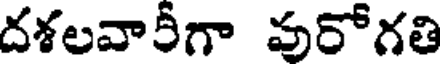
దశలవారీగా వురోగతి